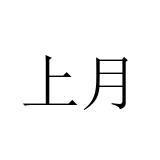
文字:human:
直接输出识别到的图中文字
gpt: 上月